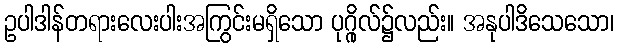
ဥပါဒါန်တရားလေးပါးအကြွင်းမရှိသော ပုဂ္ဂိုလ်၌လည်း။ အနုပါဒိသေသော၊